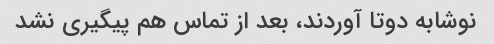
نوشابه دوتا آوردند، بعد از تماس هم پیگیری نشد